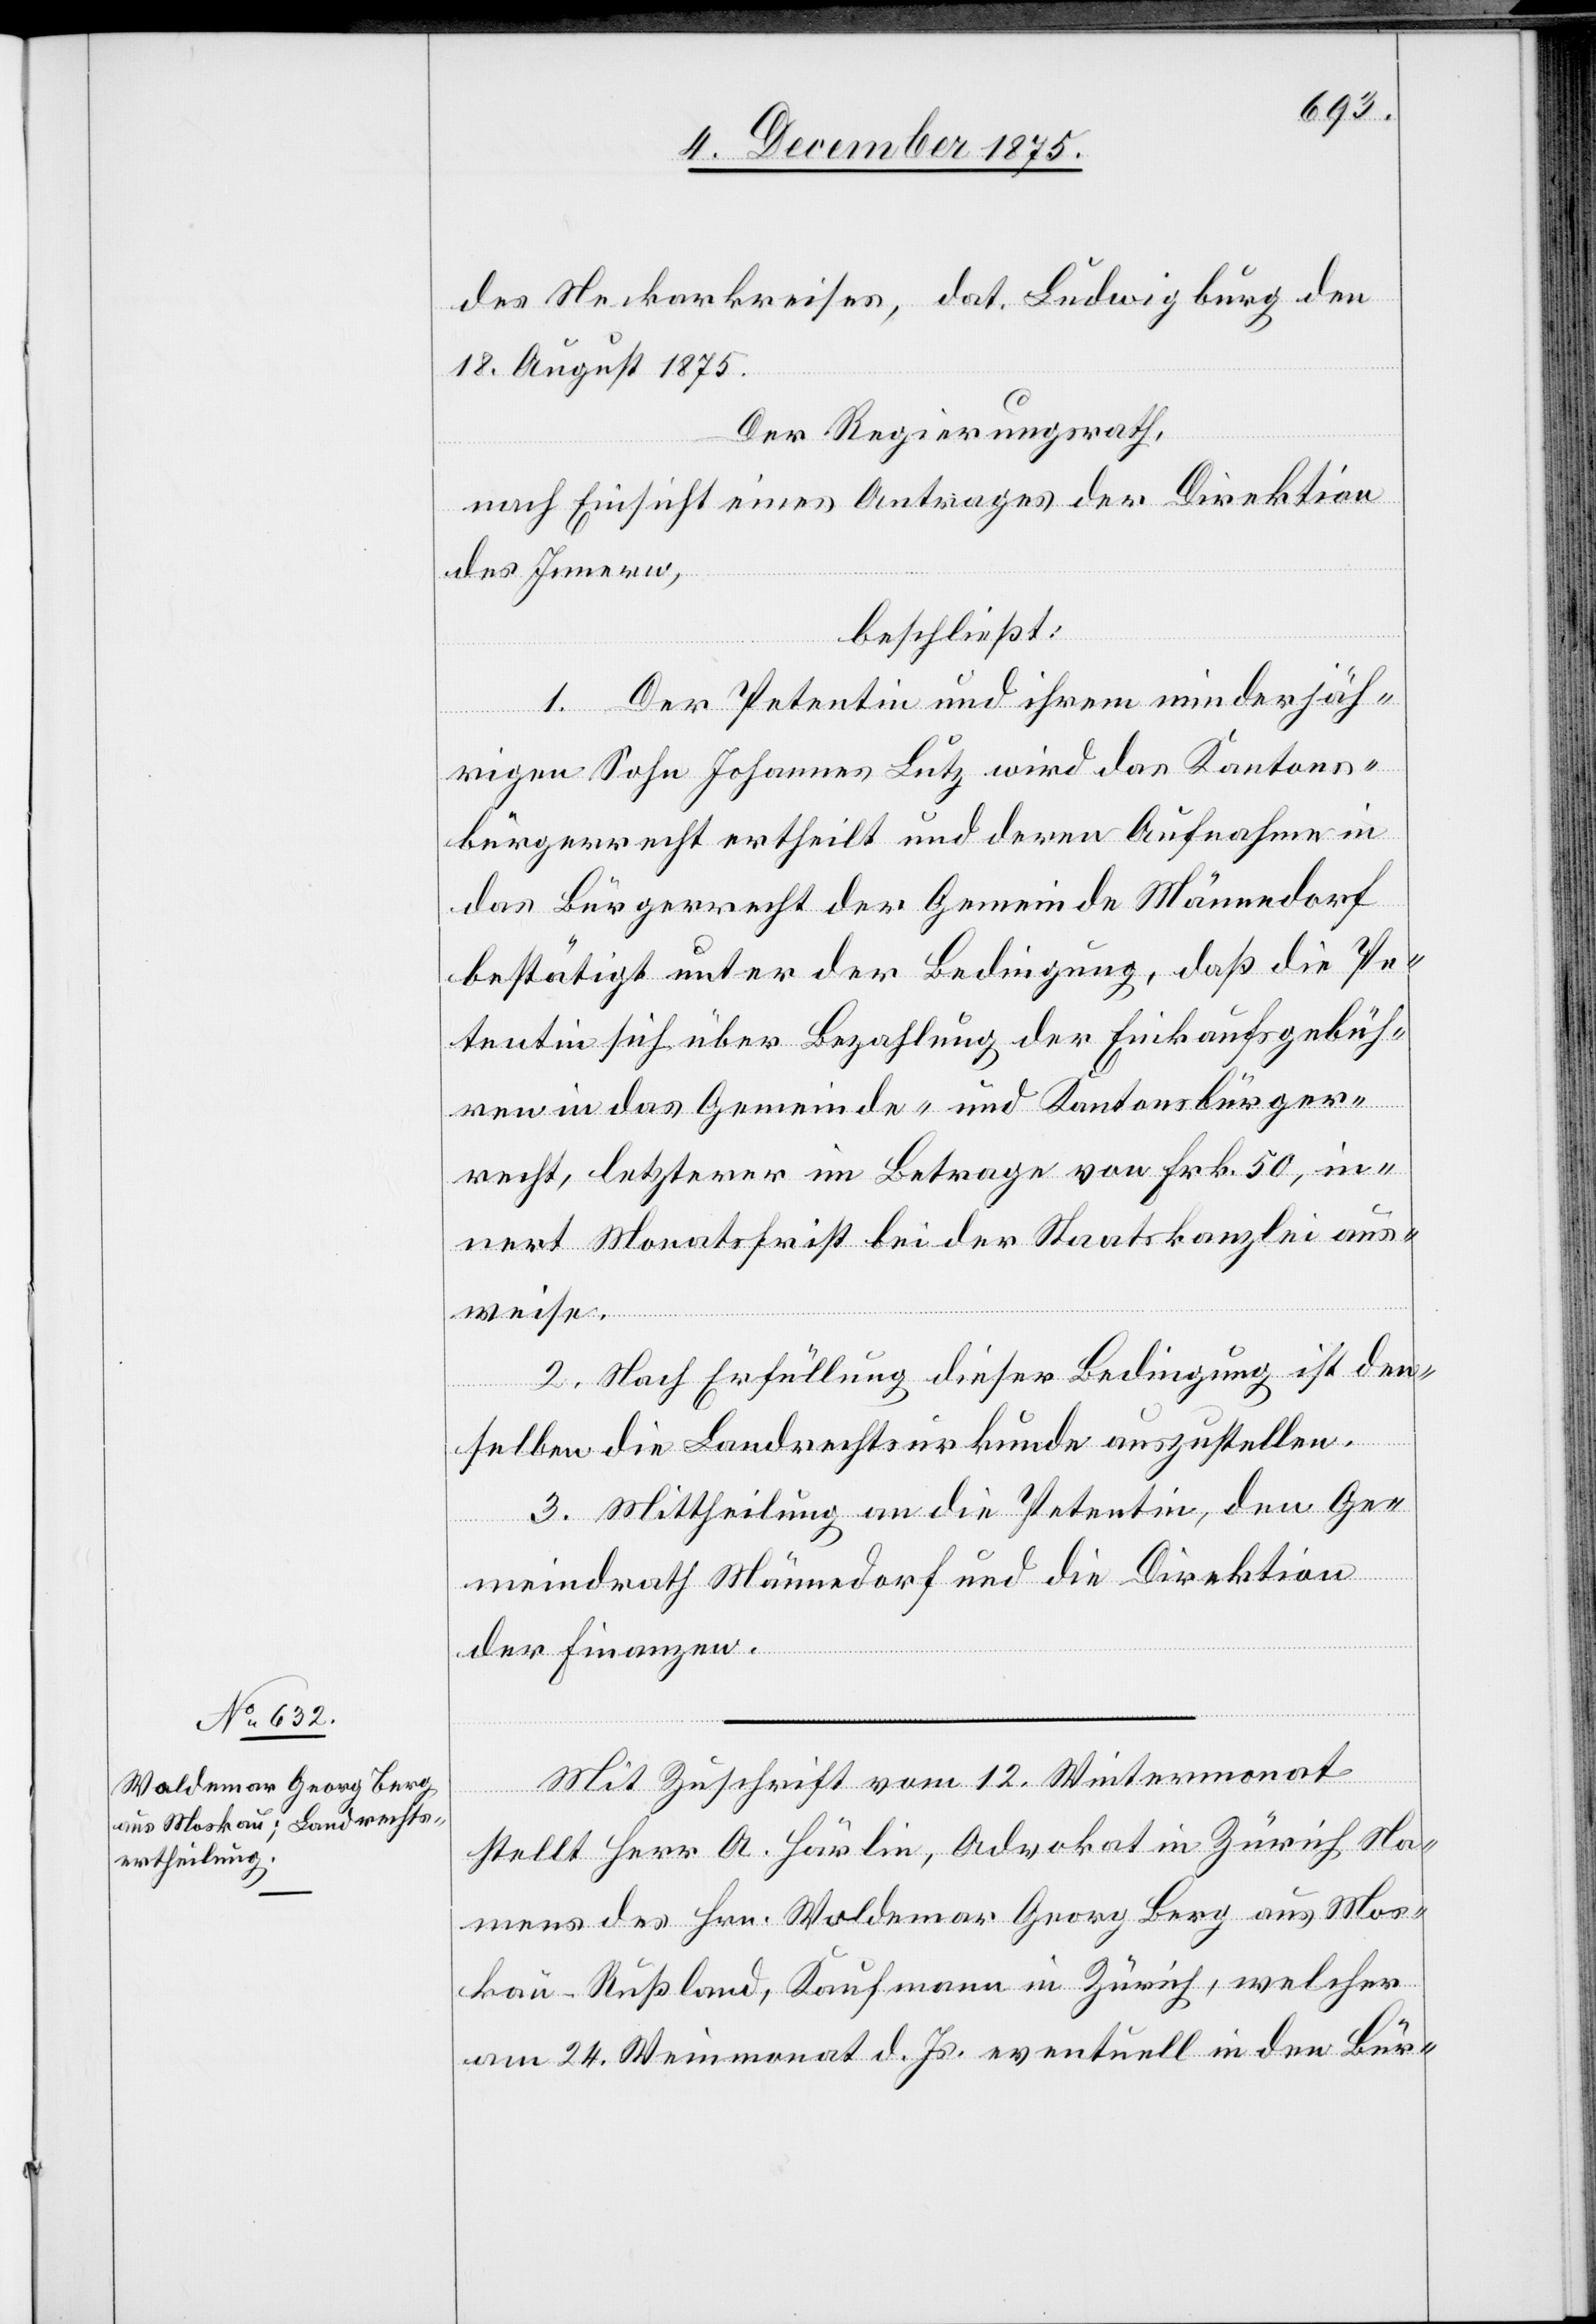
Mit Zuschrift vom 12. Wintermonat
stellt Herr A. Härlin, Advokat in Zürich Na¬
mens des Hrn. Waldemar Georg Berg aus Mos¬
kau - Rußland, Kaufmann in Zürich, welcher
am 24. Weinmonat d. Js. eventuell in den Bür-